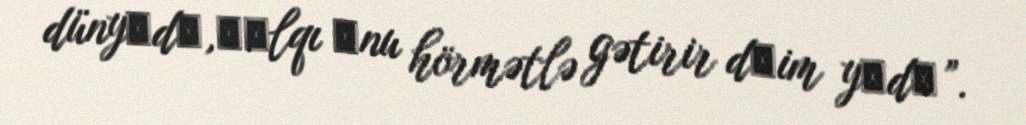
dünyаdа,Хаlqı оnu hörmətlə gətirir dаim yаdа”.